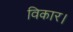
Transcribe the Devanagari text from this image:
विकार।